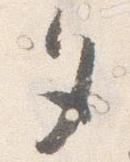
夕